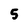
Character: 5